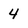
Character: 4